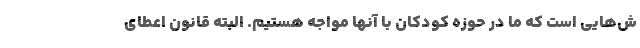
ش‌هایی است که ما در حوزه کودکان با آنها مواجه هستیم. البته قانون اعطای